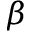
\beta